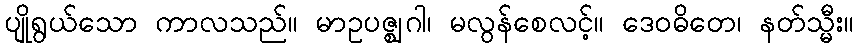
ပျိုရွယ်သော ကာလသည်။ မာဥပဇ္ဈဂါ၊ မလွန်စေလင့်။ ဒေဝဓိတေ၊ နတ်သ္မီး။